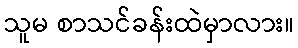
သူမ စာသင်ခန်းထဲမှာလား။